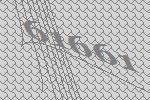
61661